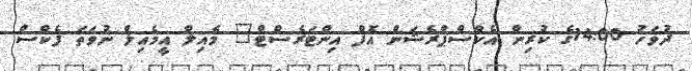
ދުވަހު 14:00ގެ ކުރިން އެކްސްޕްރެޝަން އޮފް އިންޓަރެސްޓް" މެއިލް އީމެއިލް ނުވަތަ ފެކްސް